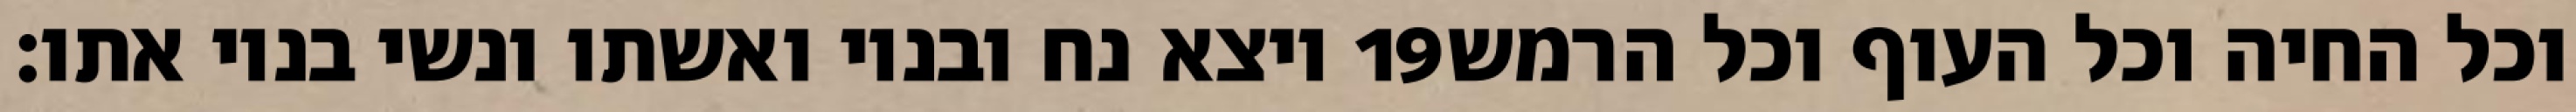
ויצא נח ובניו ואשתו ונשי בניו אתו׃ ‎19‏ וכל החיה וכל העוף וכל הרמש